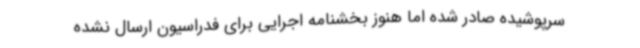
سرپوشیده صادر شده اما هنوز بخشنامه اجرایی برای فدراسیون ارسال نشده